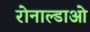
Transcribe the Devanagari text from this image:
रोनाल्डाओ